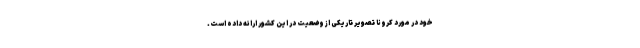
خود در مورد کرونا تصویر تاریکی از وضعیت در این کشور ارائه داده است.